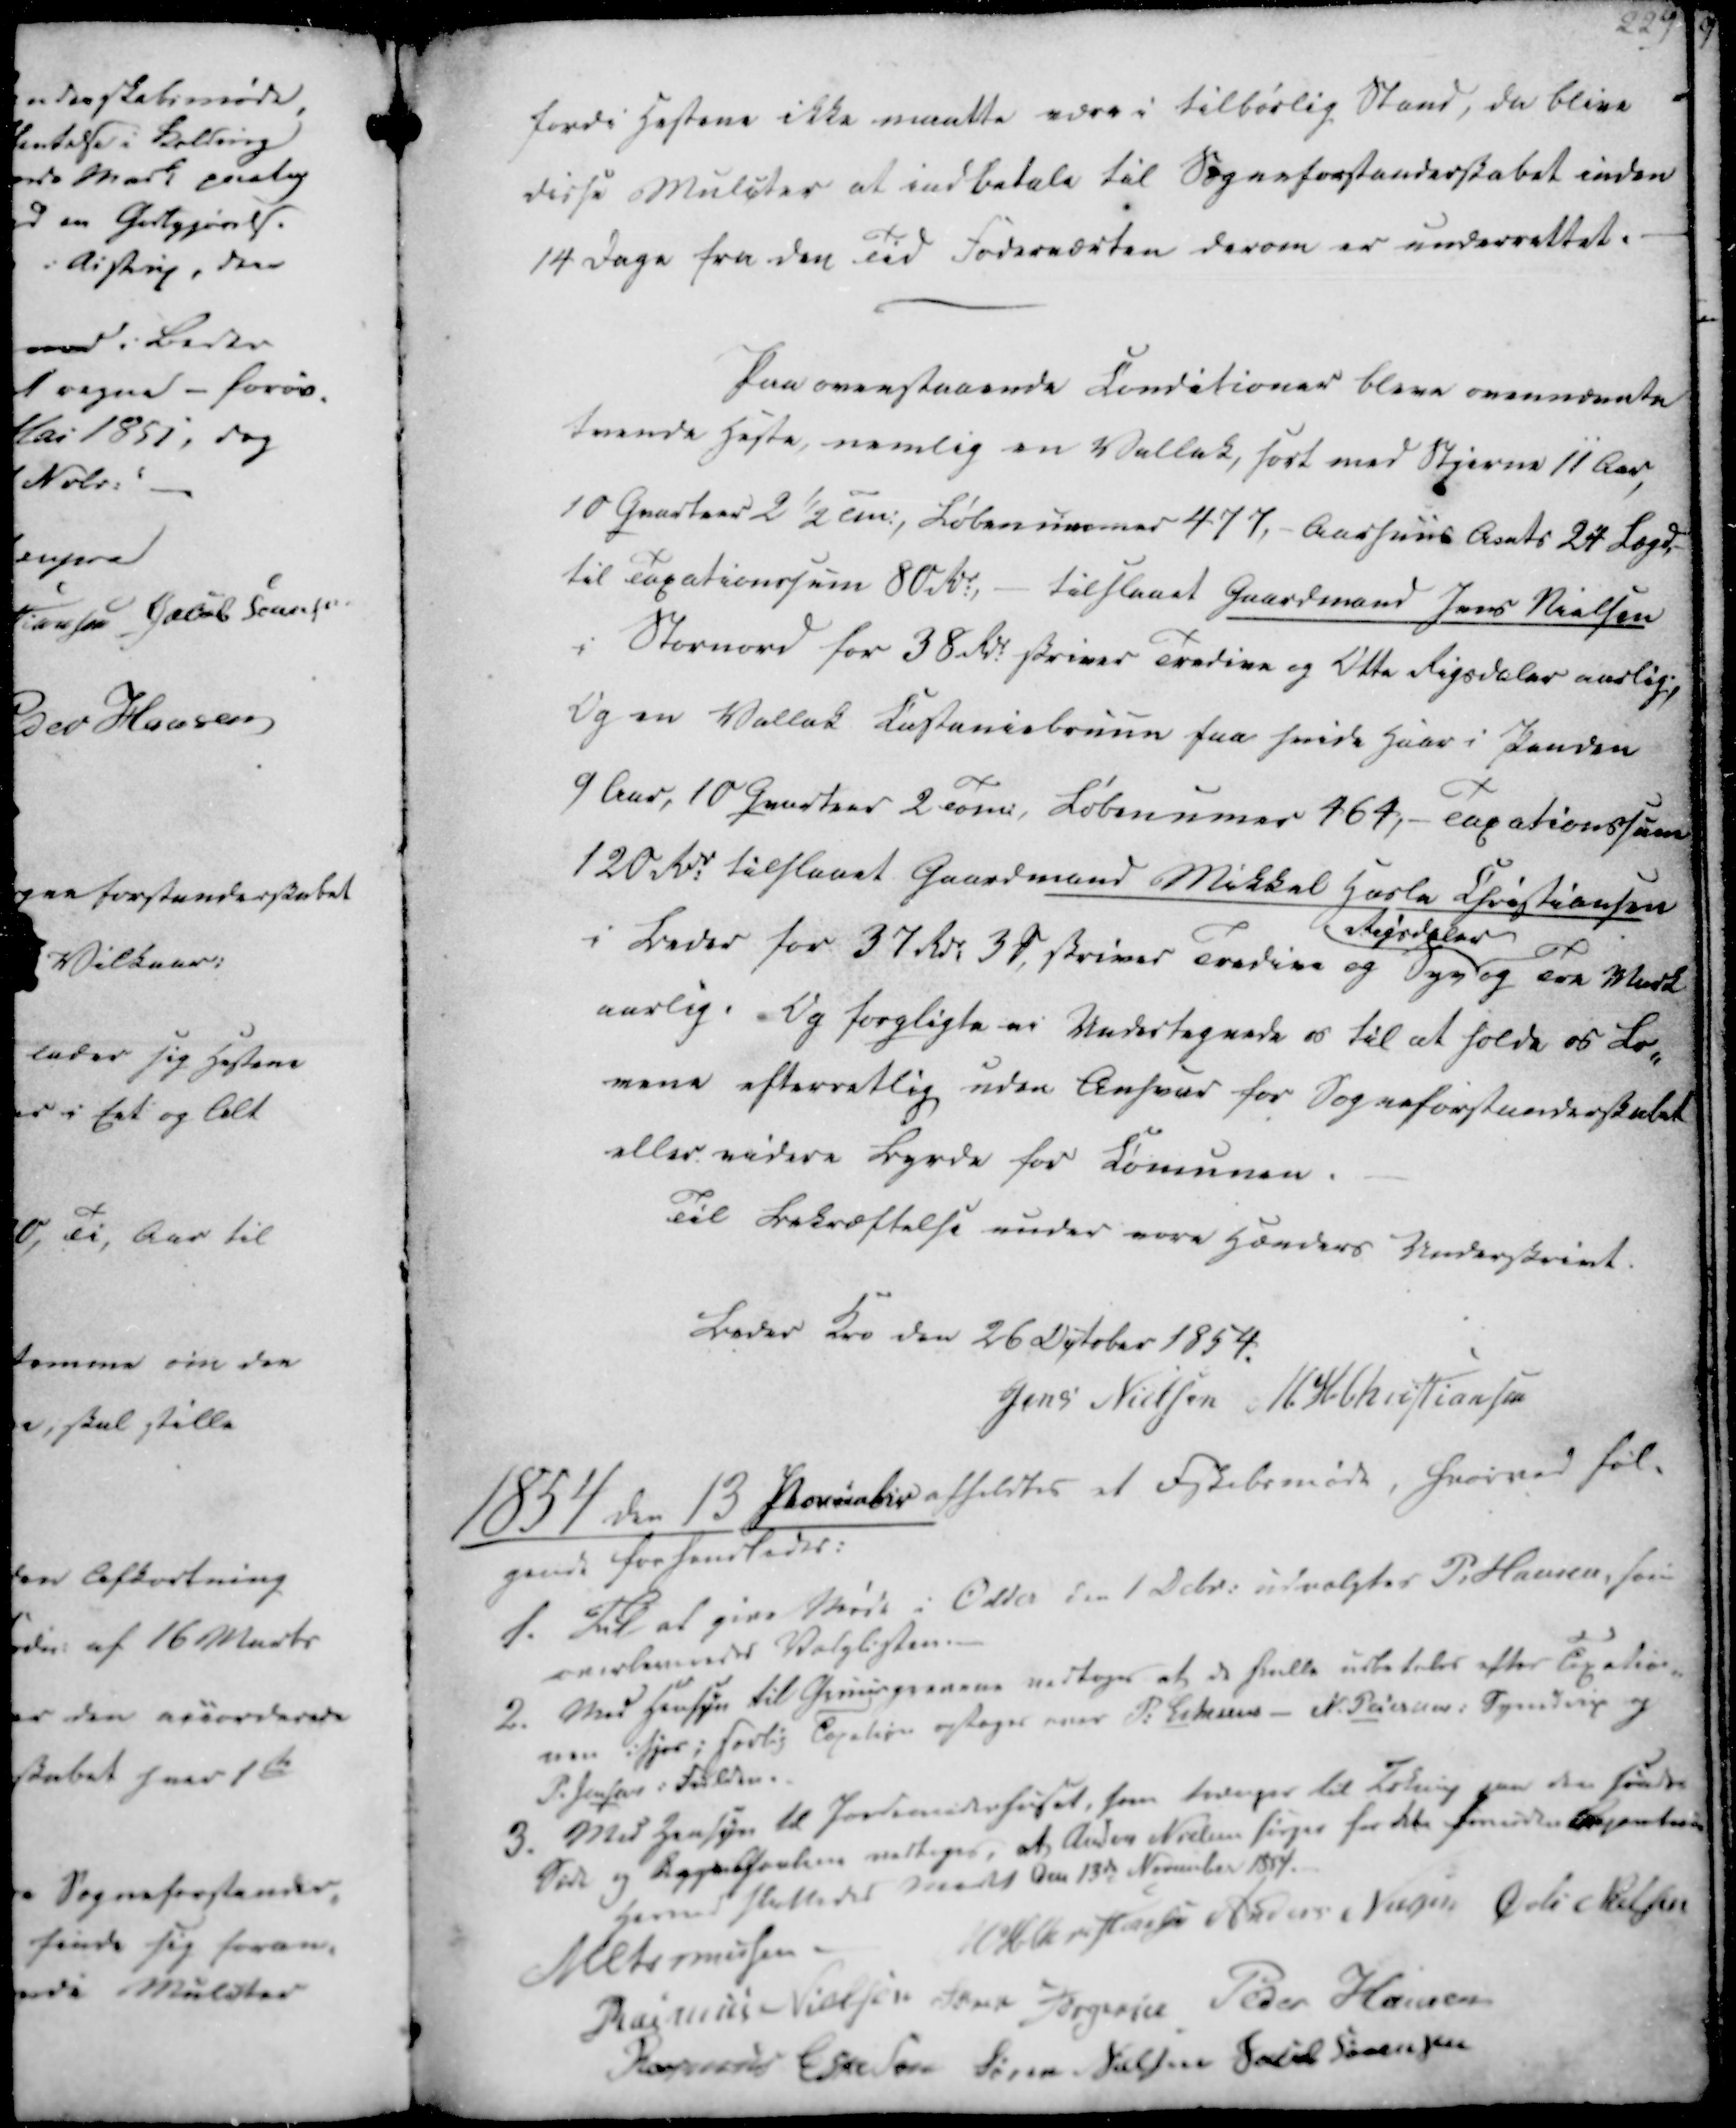
Transskription:
fordi Hestene ikke maatte være i tilbørlig Stand, da blive
disse Mulcter at indbetale til Sogneforstanderskabet inden
14 Dage fra den Tid Foderværten derom er underrettet.

Paa overstaaende Conditioner bleve ovennævnte
tvende Heste, nemlig en Vallak, sort med Stjerne 11 Aar,
10 Qvarteer 2½ Tm., Løbenummer 477, - Aarhuus Amts 24 Lægd,
til Taxationssum 80 Rdr., - tilstaaet Gaardmand Jens Nielsen
i Stornord for 38 Rdr. skriver Tredive og Otte Rigsdaler aarlig,
Og en Vallak Castaniebruun fra hvide Haar i Panden
9 Aar, 10 Qvarteer 2 Tomi, Løbenumer 464, - Taxationssum
120 Rdr. tilstaaet Gaardmand Mikkel Hasle Christiansen
i Beder for 37 Rdr 3 ₻, skriver Tredive og Syv
Rigsdaler 
og Tre Mark
aarlig. Og forpligte ei Undertegnede os til at holde os Lo-
vene efterretlig uden Ansvar for Sogneforstanderskabet
eller videre Byrde for Comunen.
Til Bekræftelse under vore Hænders Underskrivt.

Beder Kro den 26 October 1854.
Jens Nielsen
M. H. Christiansen

1854 den 13 November afholdtes et Fskabsmøde, hvorved føl-
gende forhandledes:

1. Til at give Møde i Odder den 1 Dcbr. udvalgtes P. Hansen, som
overleveredes Valglisten.
2. Med Hensyn til Gruusgravene vedtoges at de skulle udbetales efter Taxatio-
nen ifjor; særlig Taxation optages over P. Eskesens - N. Pedersen i Synedrup og
P. Jensen i Fulden.
3. Med Hensyn til Jordemoderhuset, som trænger til Loking paa den søndre
Side og Oppe Gavlen vedtages, at Anders Nielsen sørger for det fornøden Apparation
Hermed sluttedes Mødet den 13de November 1854.

M Asmussen
M H. Christiansen
Anders Nielsen
Øvli Nielsen
Rasmus Nielsen
Søren Jørgensen
Peder Hansen
Rasmus Eskesen
Søren Nielsen
Jacob Sørensen